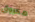
محروق